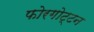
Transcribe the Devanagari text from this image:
फोरगोट्टन